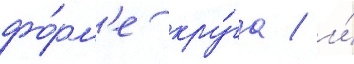
фо́рм'е кру́га / и́